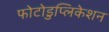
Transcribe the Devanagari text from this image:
फोटोडुप्लिकेशन